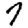
Digit: 7